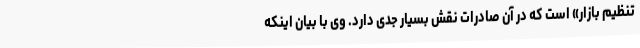
تنظیم بازار» است که در آن صادرات نقش بسیار جدی دارد. وی با بیان اینکه